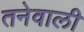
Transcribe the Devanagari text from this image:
तनेवाली